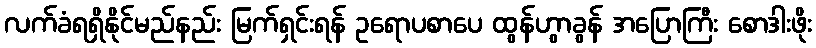
လက်ခံရရှိနိုင်မည်နည်း မြက်ရှင်းရန် ဥရောပစာပေ ထွန်ဟွာခွန် အပြောကြီး စောဒါးဖိုး